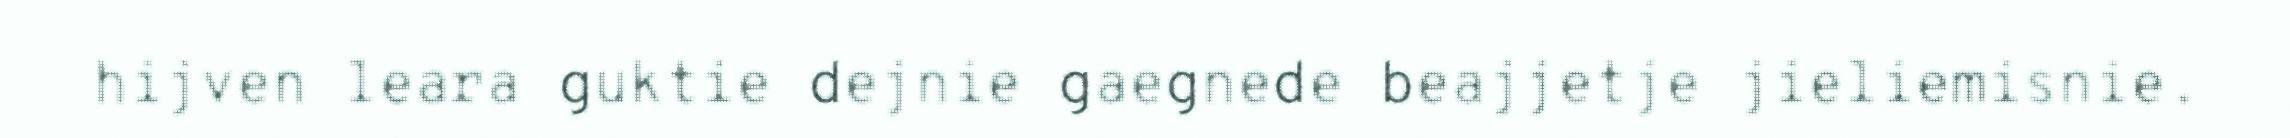
hijven leara guktie dejnie gaegnede beajjetje jieliemisnie.